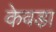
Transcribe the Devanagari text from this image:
केवडा़